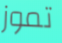
تموز